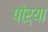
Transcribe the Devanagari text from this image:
पोऱ्या